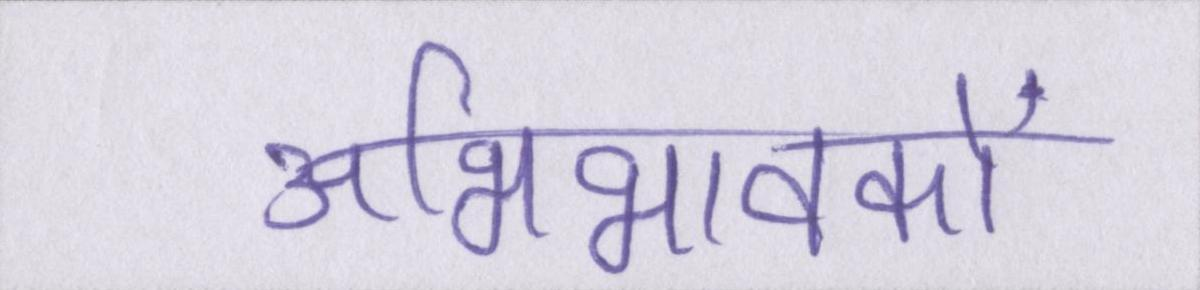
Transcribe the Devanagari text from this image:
अभिभावकों